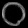
Digit: ၀